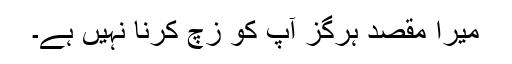
میرا مقصد ہرگز آپ کو زچ کرنا نہیں ہے۔